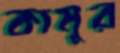
কামুর